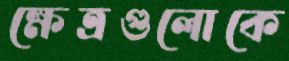
ক্ষেত্রগুলোকে